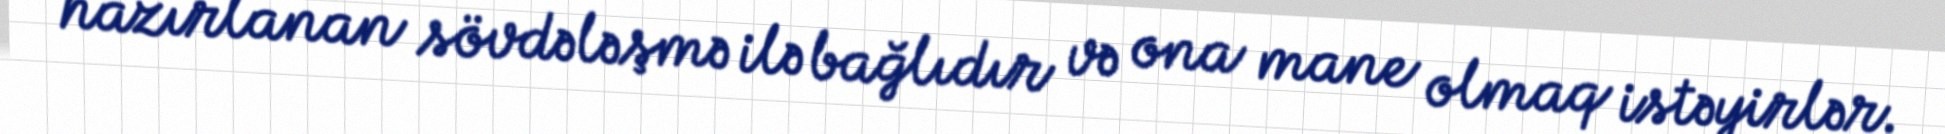
hazırlanan sövdələşmə ilə bağlıdır və ona mane olmaq istəyirlər.